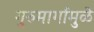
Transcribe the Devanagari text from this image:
गुरुमार्गामुळे